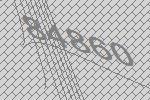
84860